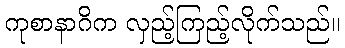
ကုစာနာဂိက လှည့်ကြည့်လိုက်သည်။